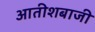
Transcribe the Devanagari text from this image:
आतीशबाजी